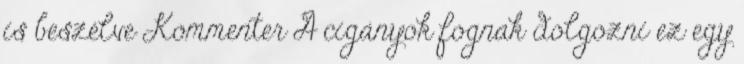
is beszélve Kommenter A cigányok fognak dolgozni ez egy